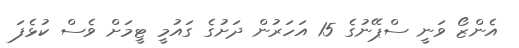
އެންޒޯ ވަނީ ސްޕޭނުގެ 15 އަހަރުން ދަށުގެ ގައުމީ ޓީމަށް ވެސް ކުޅެފަ